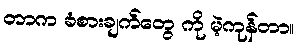
တာက ခံစားချက်တွေ ကို မဲ့ကုန်တာ။